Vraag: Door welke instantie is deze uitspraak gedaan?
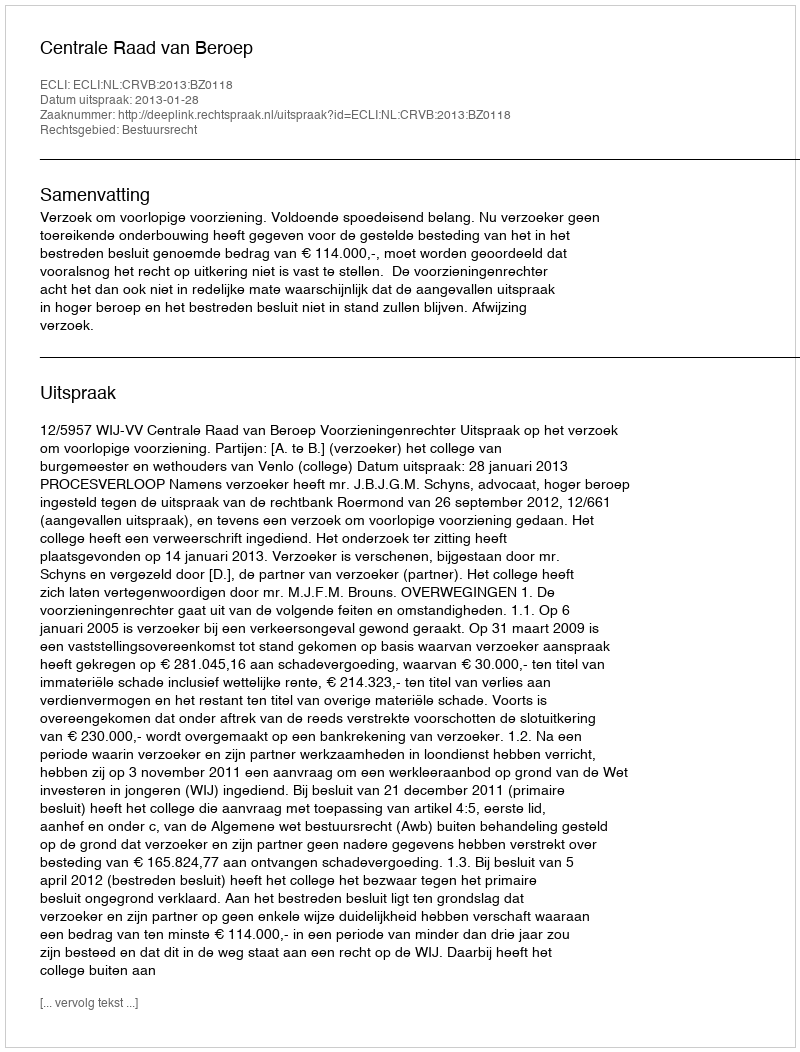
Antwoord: Centrale Raad van Beroep